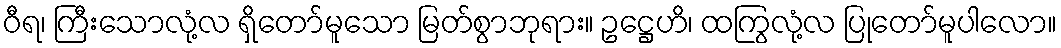
ဝီရ၊ ကြီးသောလုံ့လ ရှိတော်မူသော မြတ်စွာဘုရား။ ဥဋ္ဌေဟိ၊ ထကြွလုံ့လ ပြုတော်မူပါလော။